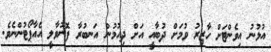
އުޅުނު އިވެންޓަށް ހާޒިރު ވުމަށް ދުބާއީ އަށް ދިއުމުން އަނބުރާ ފޮނުވާލީ އެއާޕޯޓުންނެވެ.